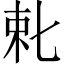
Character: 𬂥